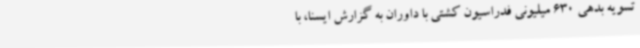
تسویه بدهی 630 میلیونی فدراسیون کشتی با داوران به گزارش ایسنا، با